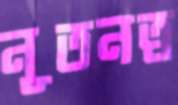
নূতনত্ব